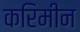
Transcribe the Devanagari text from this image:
करिमीन